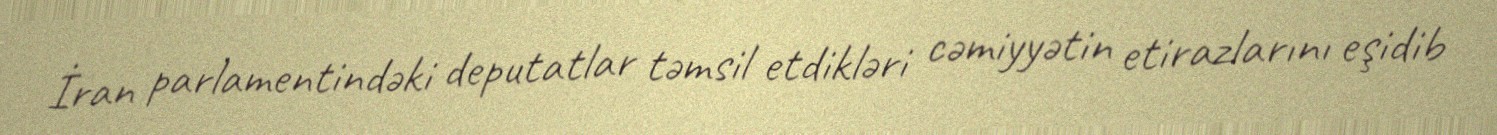
İran parlamentindəki deputatlar təmsil etdikləri cəmiyyətin etirazlarını eşidib